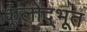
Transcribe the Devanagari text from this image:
कुलोद्‌भूत